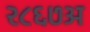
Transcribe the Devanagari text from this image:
२८६७अ